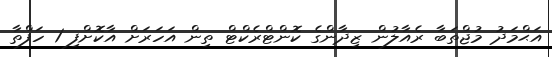
އަޙްމަދު މުޖްތަބާ ރެއާލުން ޒިދާންގެ ކޮންޓްރެކްޓް ތިން އަހަރަށް އާކޮށްފި 1 ހަފްތާ